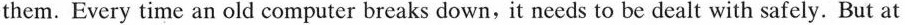
them. Every time an old computer breaks down,it needs to be dealt with safely.But at